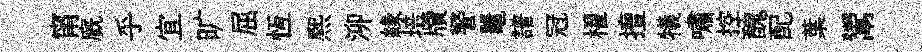
甯廐乎宜旷屈恆熈泖縁培牘警鼉譜冠櫂擅犧嘯控醜配葉鬻